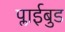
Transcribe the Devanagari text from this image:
प्लाईबुड